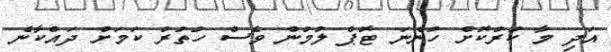
އަދި މާ ކުރުކޮށް ހުންނަ ޓޮޕް ލުމުން ވެސް ހުތުރު ކަމަށް ދައްކާނެ